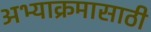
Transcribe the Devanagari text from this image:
अभ्याक्रमासाठी